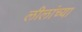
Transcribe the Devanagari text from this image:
लीलांच्या